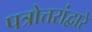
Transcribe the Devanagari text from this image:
पत्रोत्तरांद्वारे